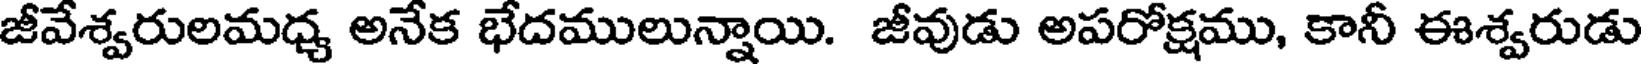
జీవేశ్వరులమధ్య అనేక భేదములున్నాయి. జీవుడు అపరోక్షము, కానీ ఈశ్వరుడు